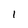
Character: 1